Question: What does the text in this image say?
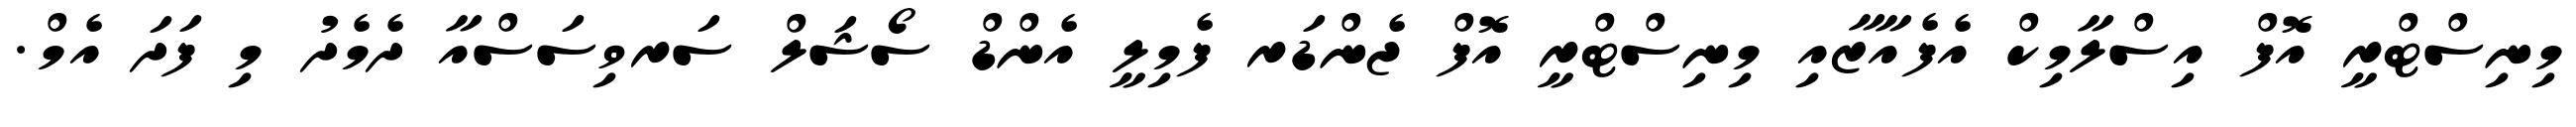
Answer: މިނިސްޓްރީ އޮފް އިސްލާމިކް އެފެއާޒާއި މިނިސްޓްރީ އޮފް ޖެންޑަރ ފެމިލީ އެންޑް ސޯޝަލް ސަރވިސަސްއާ ދެމެދު މި ފަދަ އެމް.